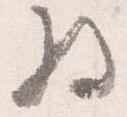
将